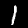
Digit: 1